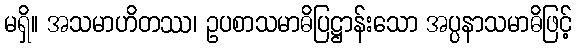
မရှိ။ အသမာဟိတဿ၊ ဥပစာသမာဓိပြဋ္ဌာန်းသော အပ္ပနာသမာဓိဖြင့်